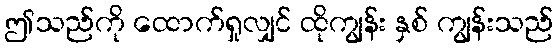
ဤသည်ကို ထောက်ရှုလျှင် ထိုကျွန်း နှစ် ကျွန်းသည်